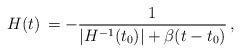
\begin{align*}H(t) \, = - {1 \over {\vert H^{-1}(t_0) \vert + \beta (t - t_0)}} \, ,\end{align*}